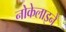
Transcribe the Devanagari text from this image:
नोकेलाइनें